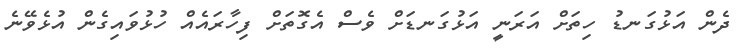
ދެން އަޅުގަނޑު ހިތަށް އަރަނީ އަޅުގަނޑަށް ވެސް އެގޮތަށް ފިހާރައެއް ހުޅުވައިގެން އުޅެވޭނެ